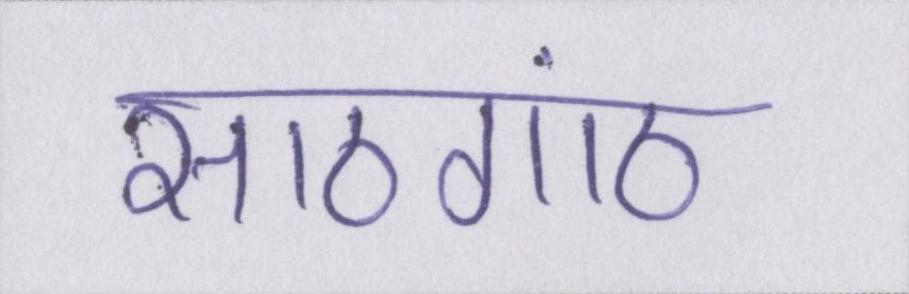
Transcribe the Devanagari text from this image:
साठगांठ